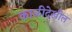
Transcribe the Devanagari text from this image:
काळीदेखील